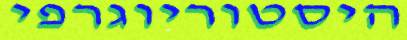
היסטוריוגרפי